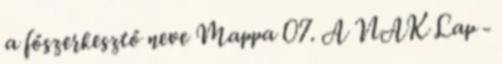
a főszerkesztő neve Mappa 07. A NAK Lap -